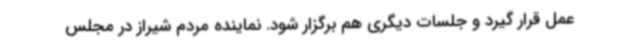
عمل قرار گیرد و جلسات دیگری هم برگزار شود. نماینده مردم شیراز در مجلس